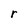
Character: r